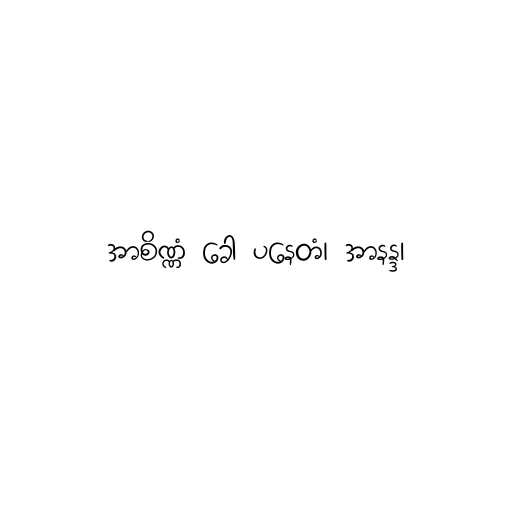
အာစိဏ္ဏံ ခေါ ပနေတံ၊ အာနန္ဒ၊